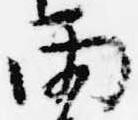
雨